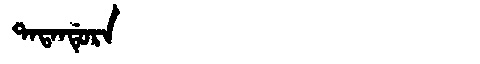
Manchu: ᡨᠠᡨᠠᠨᡩᡠᡵᠠ
Romanization: TATANDURA